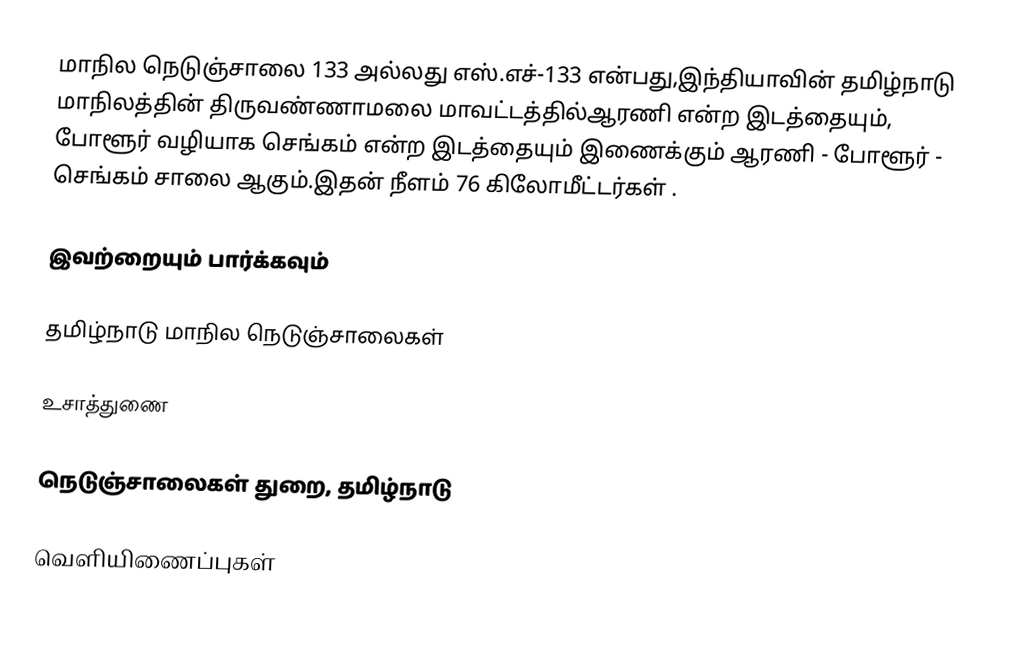
மாநில நெடுஞ்சாலை 133 அல்லது எஸ்.எச்-133  என்பது,இந்தியாவின் தமிழ்நாடு மாநிலத்தின்  திருவண்ணாமலை மாவட்டத்தில்ஆரணி என்ற இடத்தையும்,  போளூர்  வழியாக செங்கம்  என்ற இடத்தையும் இணைக்கும் ஆரணி - போளூர் - செங்கம் சாலை ஆகும்.இதன் நீளம் 76  கிலோமீட்டர்கள் .

இவற்றையும் பார்க்கவும்

 தமிழ்நாடு மாநில நெடுஞ்சாலைகள்

உசாத்துணை

 நெடுஞ்சாலைகள் துறை, தமிழ்நாடு

வெளியிணைப்புகள்